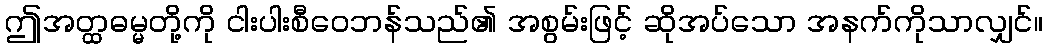
ဤအတ္ထဓမ္မတို့ကို ငါးပါးစီဝေဘန်သည်၏ အစွမ်းဖြင့် ဆိုအပ်သော အနက်ကိုသာလျှင်။